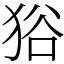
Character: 𤞞